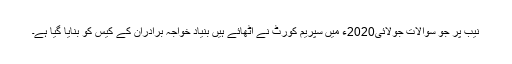
نیب پر جو سوالات جولائی2020ء میں سپریم کورٹ نے اٹھائے ہیں بنیاد خواجہ برادران کے کیس کو بنایا گیا ہے۔